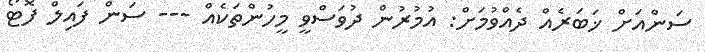
ސަންއަށް ޚަބަރެއް ދެއްވުމަށް: އުމުރުން ދުވަސްވީ މީހުންތަކެއް --- ސަން ފައިލް ފޮޓޯ